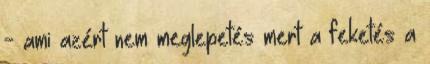
- ami azért nem meglepetés mert a feketés a